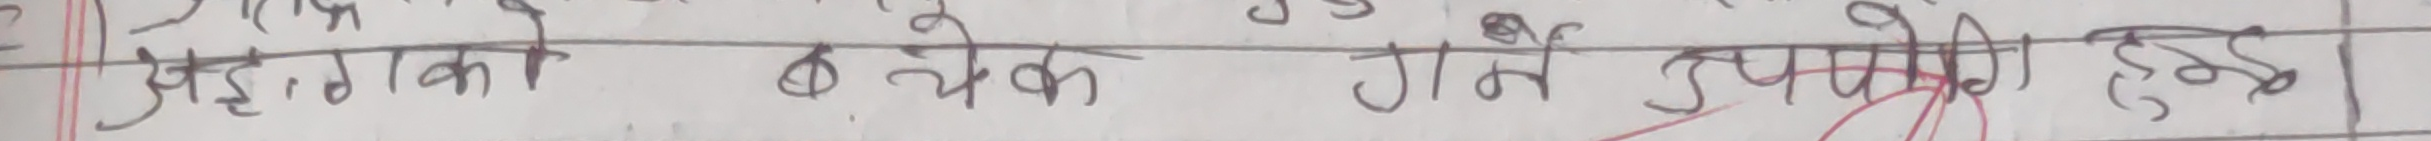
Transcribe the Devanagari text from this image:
यहाँ गाएको उर्थेक गर्न उपयोगि हुर्दे